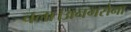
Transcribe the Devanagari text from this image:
चला।अनगसेना